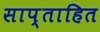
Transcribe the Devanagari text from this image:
साप्ताहित